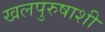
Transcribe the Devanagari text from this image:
खलपुरुषाशी